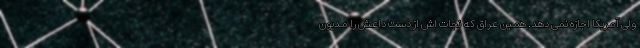
ولی آمریکا اجازه نمی دهد. همین عراق که نجات اش از دست داعش را مدیون